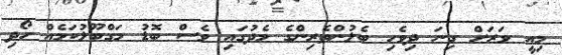
މިއީ ވަރަށް ގިނަ ދިވެހި ބެލުންތެރިންގެ މެދުގައި ވެސް ބޮޑު މަގްބޫލުކަމެއް ހޯދި